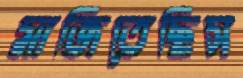
মাজিতেছিস